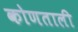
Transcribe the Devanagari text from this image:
कोणताली